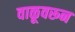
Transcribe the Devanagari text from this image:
वाळूवरून